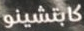
كابتشينو